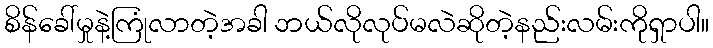
စိန်ခေါ်မှုနဲ့ကြုံလာတဲ့အခါ ဘယ်လိုလုပ်မလဲဆိုတဲ့နည်းလမ်းကိုရှာပါ။